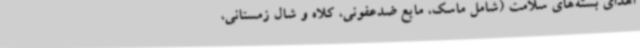
اهدای بسته‌های سلامت (شامل ماسک، مایع ضدعفونی، کلاه و شال زمستانی،